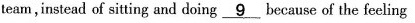
team,instead of sitting and doing___9because of the feeling